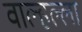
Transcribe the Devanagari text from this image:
वाल्हल्ला